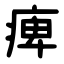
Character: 痺